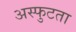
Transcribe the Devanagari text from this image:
अस्फुटता